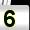
Digit: 5